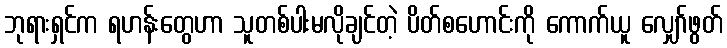
ဘုရားရှင်က ရဟန်းတွေဟာ သူတစ်ပါးမလိုချင်တဲ့ ပိတ်စဟောင်းကို ကောက်ယူ လျှော်ဖွတ်